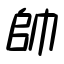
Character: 帥